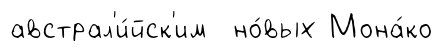
австрал'и́йск'им но́вых Мона́ко